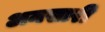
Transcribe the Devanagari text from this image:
अनसारी